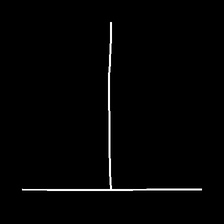
Glyph: column